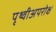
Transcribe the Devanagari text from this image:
पृथ्वीअपरोक्ष